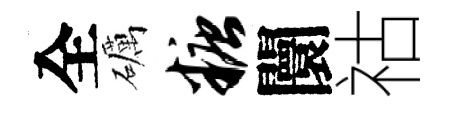
全礪糖闤祜